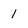
Character: 1